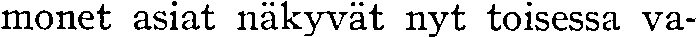
monet asiat näkyvät nyt toisessa va-